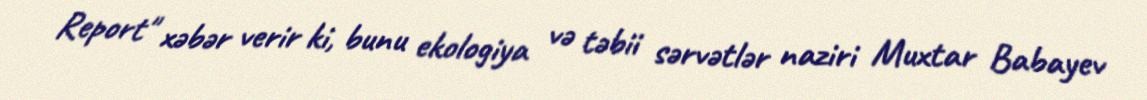
Report" xəbər verir ki, bunu ekologiya və təbii sərvətlər naziri Muxtar Babayev